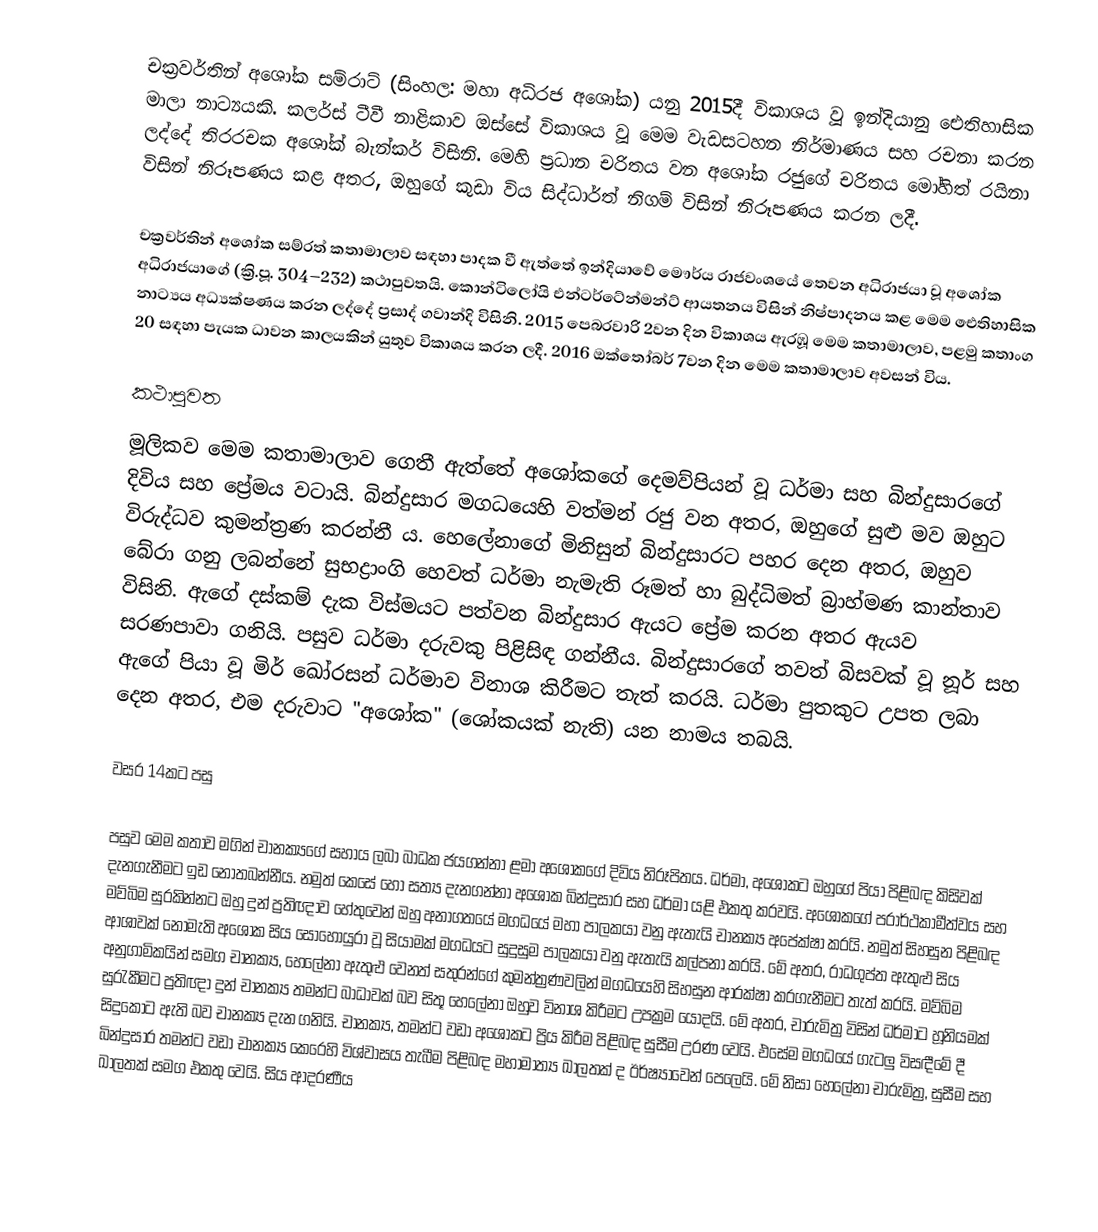
චක්‍රවර්තින් අශෝක සම්රාට්  (සිංහල: මහා අධිරජ අශෝක) යනු 2015දී විකාශය වූ ඉන්දියානු ඓතිහාසික මාලා නාට්‍යයකි. කලර්ස් ටීවී නාළිකාව ඔස්සේ විකාශය වූ මෙම වැඩසටහන නිර්මාණය සහ රචනා කරන ලද්දේ තිරරචක අශෝක් බැන්කර් විසිනි. මෙහි ප්‍රධාන චරිතය වන අශෝක රජුගේ චරිතය මෝහිත් රයිනා විසින් නිරූපණය කළ අතර, ඔහුගේ කුඩා විය සිද්ධාර්ත් නිගම් විසින් නිරූපණය කරන ලදී‍.

චක්‍රවර්තින් අශෝක සම්රත් කතාමාලාව සඳහා පාදක වී ඇත්තේ ඉන්දියාවේ මෞර්ය රාජවංශයේ තෙවන අධිරාජයා වූ අශෝක අධිරාජයාගේ (ක්‍රි.පූ. 304–232) කථාපුවතයි. කොන්ටිලෝයි එන්ටර්ටේන්මන්ට් ආයතනය විසින් නිෂ්පාදනය කළ මෙම ඓතිහාසික නාට්‍යය අධ්‍යක්ෂණය කරන ලද්දේ ප්‍රසාද් ගවාන්දි විසිනි. 2015 පෙබරවාරි 2වන දින විකාශය ඇරඹූ මෙම කතාමාලාව, පළමු කතාංග 20 සඳහා පැයක ධාවන කාලයකින් යුතුව විකාශය කරන ලදී. 2016 ඔක්තෝබර් 7වන දින මෙම කතාමාලාව අවසන් විය.

කථාපුවත
මූලිකව මෙම කතාමාලාව ගෙතී ඇත්තේ අශෝකගේ දෙමව්පියන් වූ ධර්මා සහ බින්දුසාරගේ දිවිය සහ ප්‍රේමය වටායි. බින්දුසාර මගධයෙහි වත්මන් රජු වන අතර, ඔහුගේ සුළු මව ඔහුට විරුද්ධව කුමන්ත්‍රණ කරන්නී ය. හෙලේනාගේ මිනිසුන් බින්දුසාරට පහර දෙන අතර, ඔහුව බේරා ගනු ලබන්නේ සුභද්‍රාංගි හෙවත් ධර්මා නැමැති රූමත් හා බුද්ධිමත් බ්‍රාහ්මණ කාන්තාව විසිනි. ඇගේ දස්කම් දැක විස්මයට පත්වන බින්දුසාර ඇයට ප්‍රේම කරන අතර ඇයව සරණපාවා ගනියි. පසුව ධර්මා දරුවකු පිළිසිඳ ගන්නීය. බින්දුසාරගේ තවත් බිසවක් වූ නූර් සහ ඇගේ පියා වූ මිර් ඛෝරසන් ධර්මාව විනාශ කිරීමට තැත් කරයි. ධර්මා පුතකුට උපත ලබා දෙන අතර, එම දරුවාට "අශෝක" (ශෝකයක් නැති) යන නාමය තබයි.

වසර 14කට පසු

පසුව මෙම කතාව මගින් චානක්‍යගේ සහාය ලබා බාධක ජයගන්නා ළමා අශෝකගේ දිවිය නිරූපිතය. ධර්මා, අශෝකට ඔහුගේ පියා පිළිබඳ කිසිවක් දැනගැනීමට ඉඩ නොතබන්නීය. නමුත් කෙසේ හෝ සත්‍ය දැනගන්නා අශෝක බින්දුසාර සහ ධර්මා යළි එකතු කරවයි. අශෝකගේ පරාර්ථකාමීත්වය සහ මව්බිම සුරකින්නට ඔහු දුන් ප්‍රතිඥාව හේතුවෙන් ඔහු අනාගතයේ මගධයේ මහා පාලකයා වනු ඇතැයි චානක්‍ය අපේක්ෂා කරයි. නමුත් සිහසුන පිළිබඳ ආශාවක් නොමැති අශෝක සිය සොහොයුරා වූ සියාමක් මගධයට සුදුසුම පාලකයා වනු ඇතැයි කල්පනා කරයි. මේ අතර, රාධගුප්ත ඇතුළු සිය අනුගාමිකයින් සමග චානක්‍ය, හෙලේනා ඇතුළු වෙනත් සතුරන්ගේ කුමන්ත්‍රණවලින් මගධයෙහි සිහසුන ආරක්ෂා කරගැනීමට තැත් කරයි. මව්බිම සුරැකීමට ප්‍රතිඥා දුන් චානක්‍ය තමන්ට බාධාවක් බව සිතූ හෙලේනා ඔහුව විනාශ කිරීමට උපක්‍රම යොදයි. මේ අතර, චාරුමිත්‍ර විසින් ධර්මාට හූනියමක් සිදුකොට ඇති බව චානක්‍ය දැන ගනියි. චානක්‍ය, තමන්ට වඩා අශෝකට ප්‍රිය කිරීම පිළිබඳ සුසීම උරණ වෙයි. එසේම මගධයේ ගැටලු විසඳීමේ දී බින්දුසාර තමන්ට වඩා චානක්‍ය කෙරෙහි විශ්වාසය තැබීම පිළිබඳ මහාමාත්‍ය ඛාලතක් ද ඊර්ෂ්‍යාවෙන් පෙලෙයි. මේ නිසා හෙලේනා චාරුමිත්‍ර, සුසීම සහ ඛාලතක් සමග එකතු වෙයි. සිය ආදරණීය